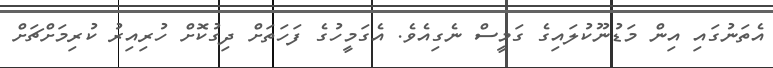
އެތަނުގައި އިން މަޑުނޫކުލައިގެ ގަމީސް ނެގިއެވެ. އެގަމީހުގެ ފަހަތަށް ދިގުކޮށް ހުރިއިރު ކުރިމަށްޗަށް